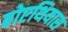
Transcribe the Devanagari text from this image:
बोएथियास